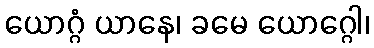
ယောဂ္ဂံ ယာနေ၊ ခမေ ယောဂ္ဂေါ၊